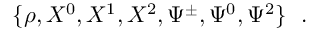
\{ \rho , X ^ { 0 } , X ^ { 1 } , X ^ { 2 } , \Psi ^ { \pm } , \Psi ^ { 0 } , \Psi ^ { 2 } \} ~ ~ .